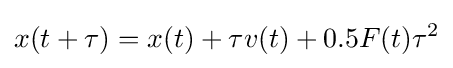
x(t+\tau )=x(t)+\tau v(t)+0.5F(t)\tau ^{2}